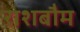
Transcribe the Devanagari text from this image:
राशबौम